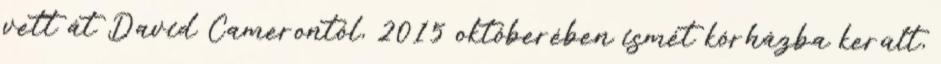
vett át David Camerontól, 2015 októberében ismét kórházba került,